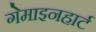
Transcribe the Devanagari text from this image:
गेमाइनहार्ट